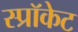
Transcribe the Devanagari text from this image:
स्प्रॉकेट